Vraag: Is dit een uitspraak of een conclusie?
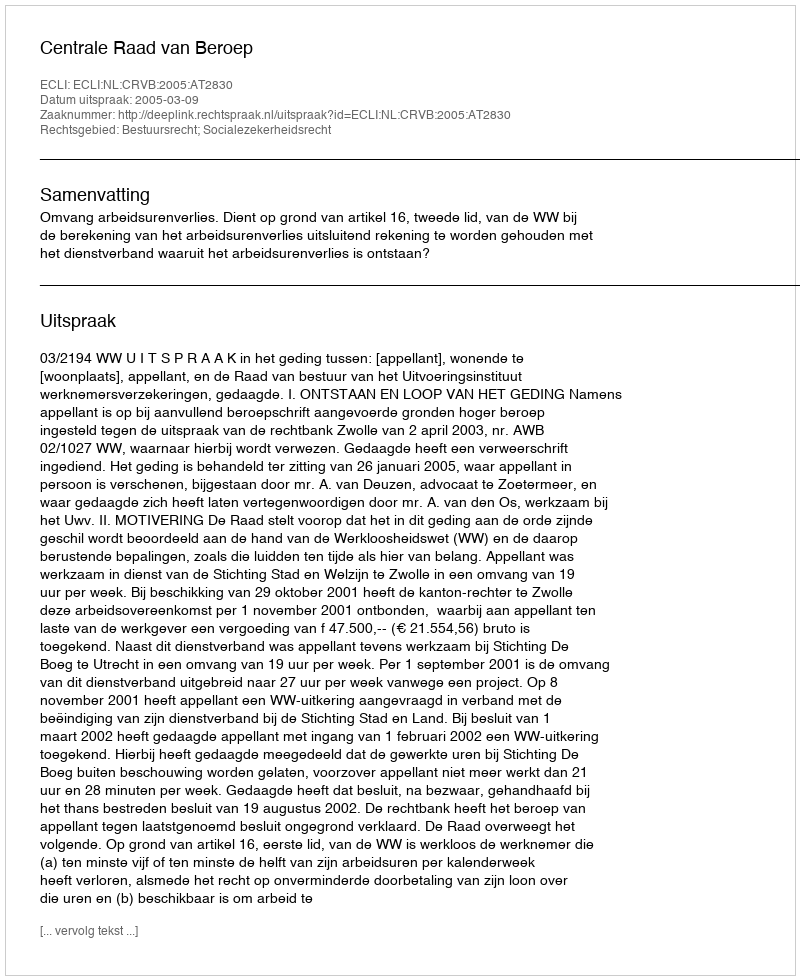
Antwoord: Uitspraak